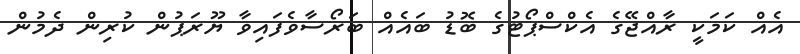
އެއް ކަމަކީ ރާއްޖޭގެ އެކްސްޕޯޓުގެ ބޮޑު ބައެއް ބަރޯސާވެފައިވާ ޔޫރަޕުން ކުރިން ދެމުން